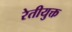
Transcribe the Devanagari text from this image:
रेतीयुक्त